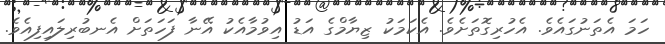
ހަމަ އެތަނުގައެވެ. އެހުރިގޮތަށެވެ. އެކަމަކު ޒިޔާމްގެ އަޑު އިވުމާއެކު އޭނާ ފަހަތަށް އެނބުރިލައިފިއެވެ.